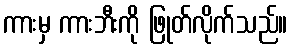
ကားမှ ကားဘီးကို ဖြုတ်လိုက်သည်။